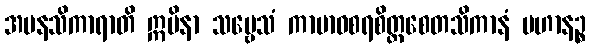
အမနသိကာရာတိ ဣမိနာ သဗ္ဗေသံ ကာမာဝစရစိတ္တစေတသိကာနံ ပဟာနဉ္စ